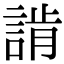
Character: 𧨷